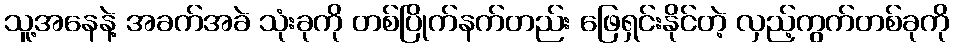
သူ့အနေနဲ့ အခက်အခဲ သုံးခုကို တစ်ပြိုက်နက်တည်း ဖြေရှင်းနိုင်တဲ့ လှည့်ကွက်တစ်ခုကို